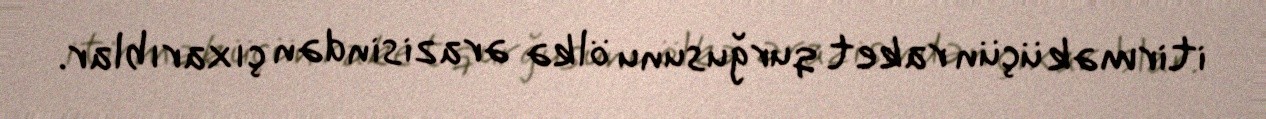
itirmək üçün raket qurğusunu ölkə ərazisindən çıxarıblar.